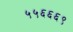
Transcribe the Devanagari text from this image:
५५६६६९